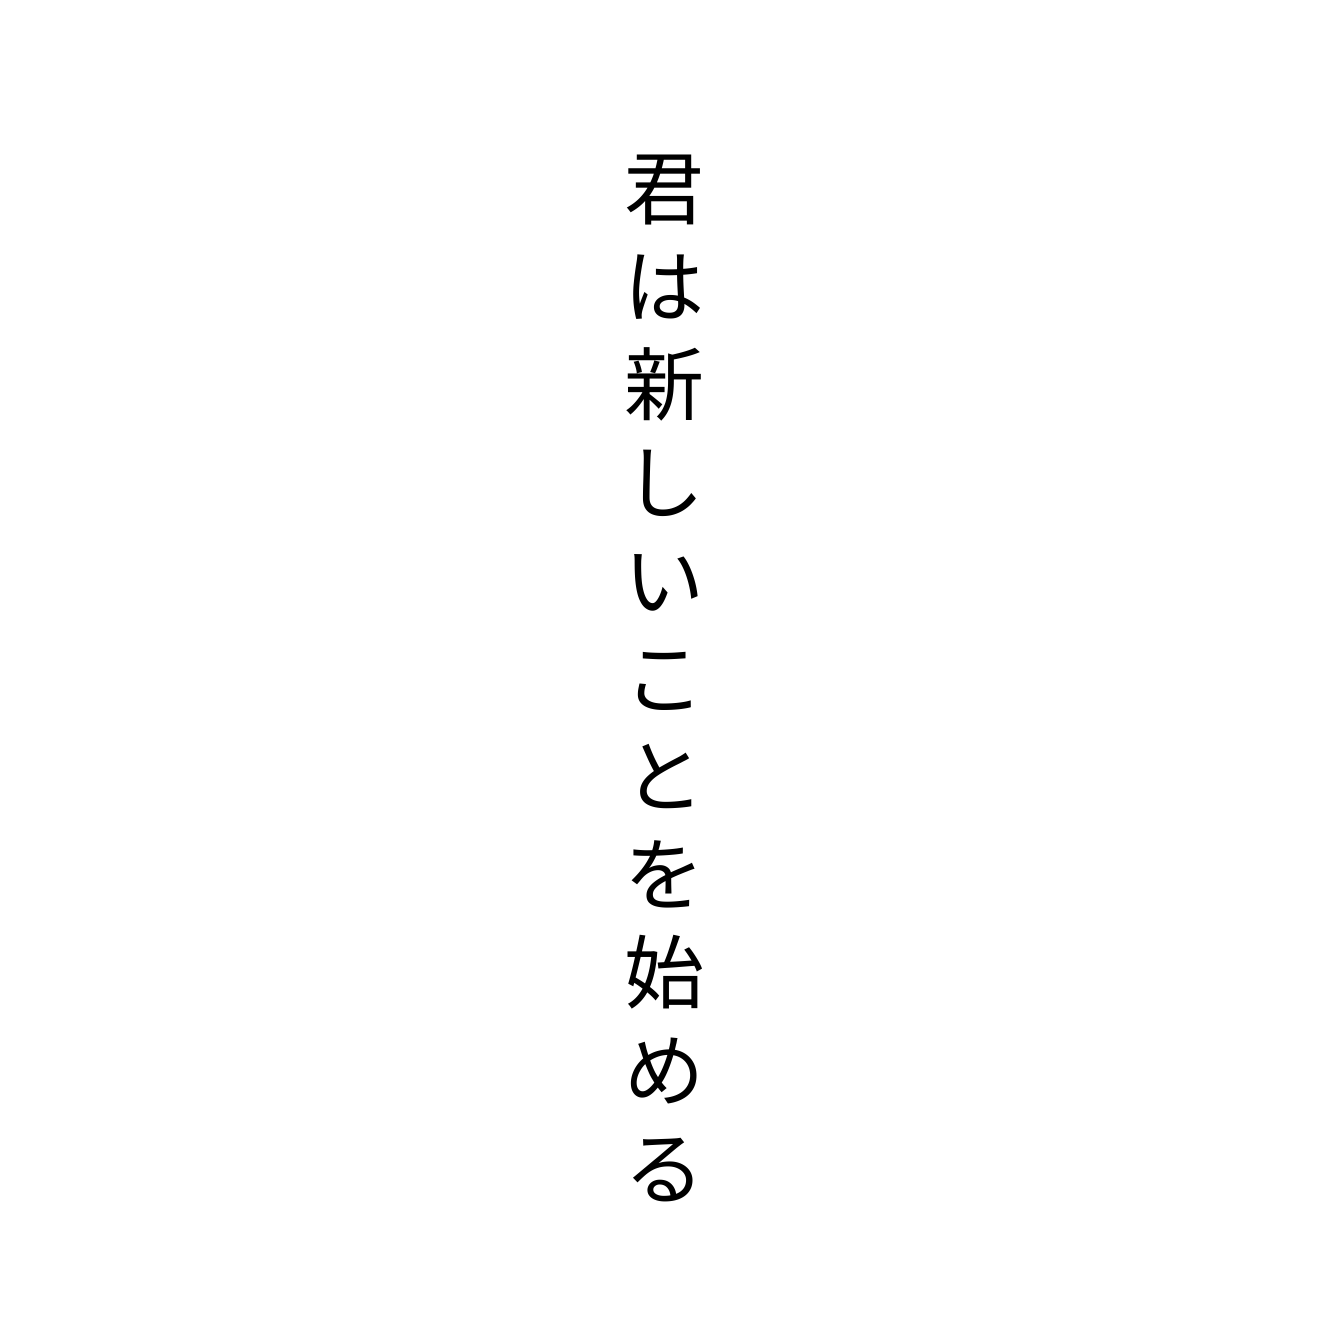
君は新しいことを始める